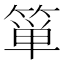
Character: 箪